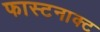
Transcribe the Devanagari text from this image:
फास्टनाक्ट